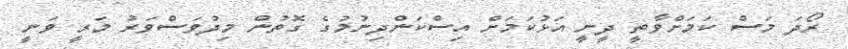
ރޯދަ މަސް ކަމަށްވާތީ ދީނީ އަޅުކަމަށް އިސްކަންދިނުމުގެ ގޮތުން މިދުވަސްވަރު މަރީ ވަނީ